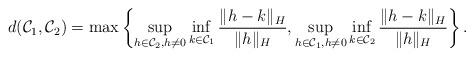
LaTeX: \begin{align*}d(\mathcal{C}_1, \mathcal{C}_2)= \max\left\{ \sup\limits_{h\in \mathcal{C}_2, h \neq 0} \inf\limits_{k \in \mathcal{C}_1} \frac{\|h-k\|_{H}}{\|h\|_{H}}, \sup\limits_{h\in \mathcal{C}_1, h \neq 0} \inf\limits_{k \in \mathcal{C}_2} \frac{\|h-k\|_{H}}{\|h\|_{H}} \right\} .\end{align*}